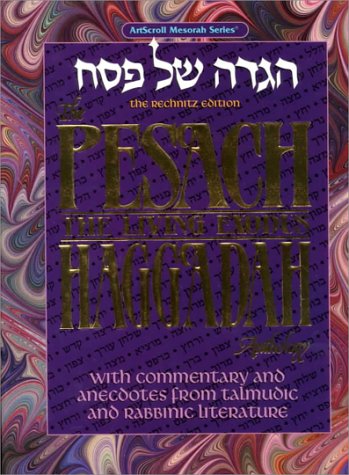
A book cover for The Pesach Haggadah Anthology: The Living Exodus (Artscroll Mesorah Series); Moshe Lieber; Religion & Spirituality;